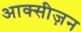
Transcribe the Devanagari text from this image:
आक्सीज़न